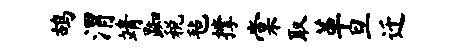
鸪渭靖踟税毡撑棠取革旦迁